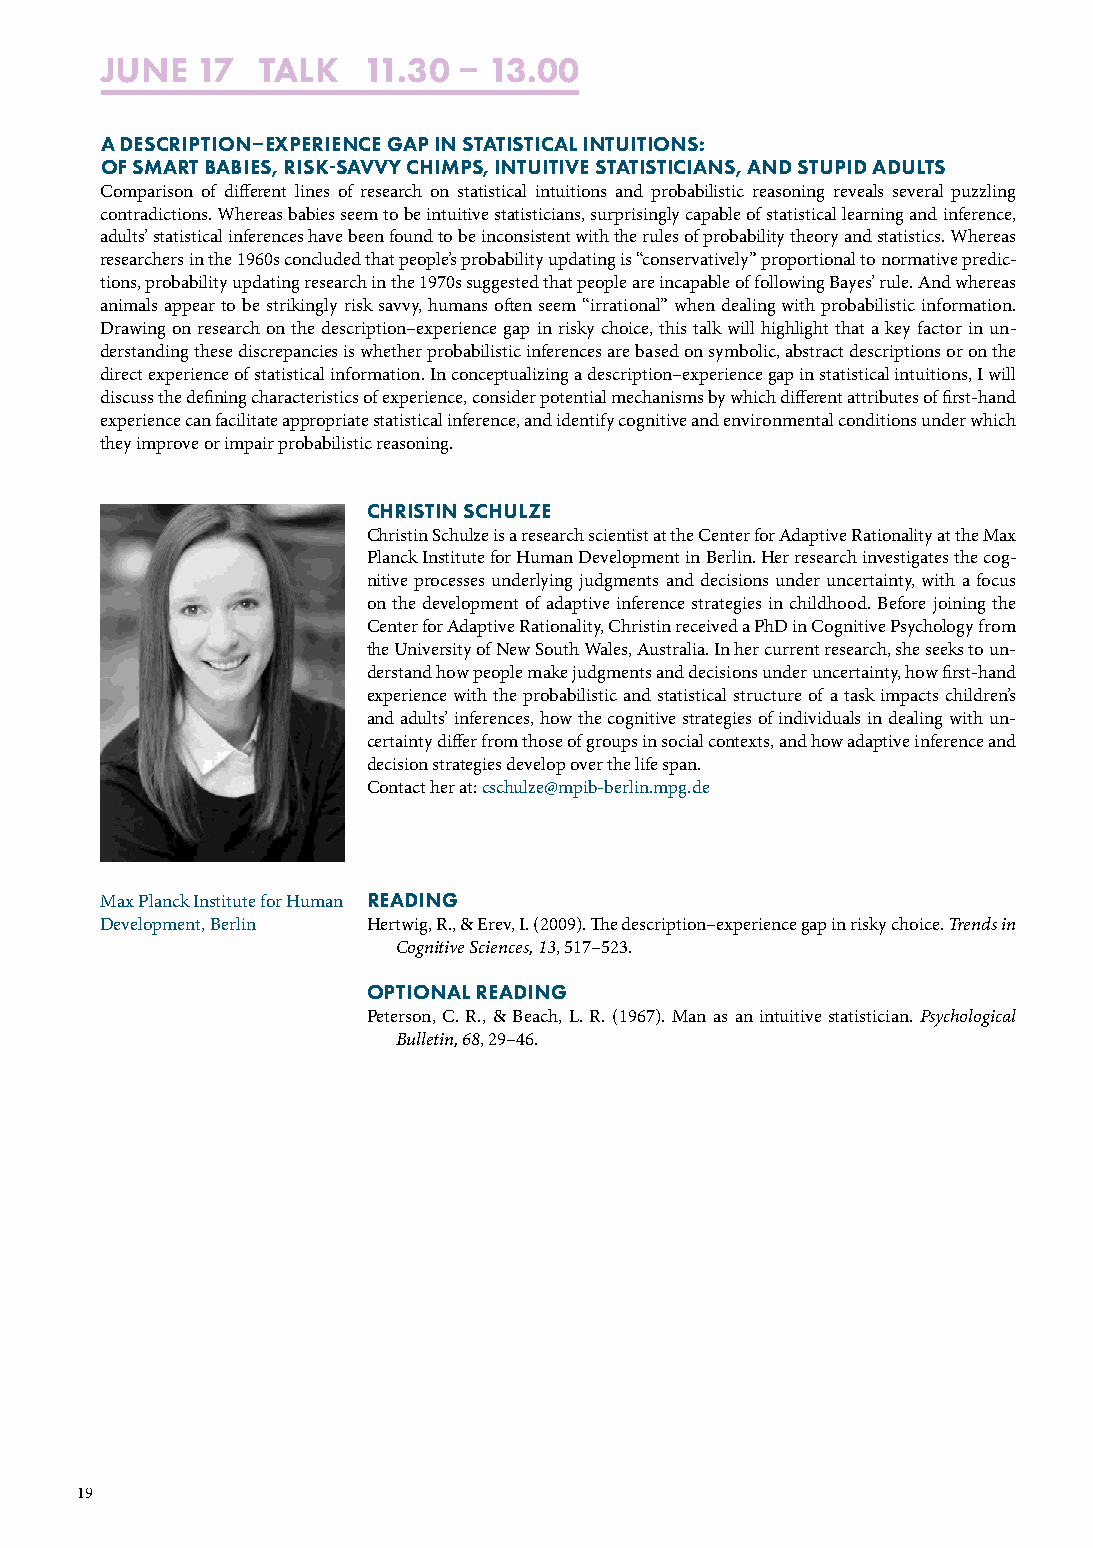
JUNE  17  TALK   11.30  13.00
 A DESCRIPTIONEXPERIENCE GAP IN STATISTICAL INTUITIONS:
 OF SMART BABIES, RISKSAVVY CHIMPS, INTUITIVE STATISTICIANS, AND STUPID ADULTS
 Comparison of different lines of research on statistical intuitions and probabilistic reasoning reveals several puzzling
 contradictions. Whereas babies seem to be intuitive statisticians, surprisingly capable of statistical learning and inference,
 adults’ statistical inferences have been found to be inconsistent with the rules of probability theory and statistics. Whereas
 researchers in the 1960s concluded that people’s probability updating is “conservatively” proportional to normative predic-
 tions, probability updating research in the 1970s suggested that people are incapable of following Bayes’ rule. And whereas
 animals appear to be strikingly risk savvy, humans often seem “irrational” when dealing with probabilistic information.
 Drawing on research on the description–experience gap in risky choice, this talk will highlight that a key factor in un-
 derstanding these discrepancies is whether probabilistic inferences are based on symbolic, abstract descriptions or on the
 direct experience of statistical information. In conceptualizing a description–experience gap in statistical intuitions, I will
 discuss the defining characteristics of experience, consider potential mechanisms by which different attributes of first-hand
 experience can facilitate appropriate statistical inference, and identify cognitive and environmental conditions under which
 they improve or impair probabilistic reasoning.
 CHRISTIN SCHULZE
 Christin Schulze is a research scientist at the Center for Adaptive Rationality at the Max
 Planck Institute for Human Development in Berlin. Her research investigates the cog-
 nitive processes underlying judgments and decisions under uncertainty, with a focus
 on the development of adaptive inference strategies in childhood. Before joining the
 Center for Adaptive Rationality, Christin received a PhD in Cognitive Psychology from
 the University of New South Wales, Australia. In her current research, she seeks to un-
 derstand how people make judgments and decisions under uncertainty, how first-hand
 experience with the probabilistic and statistical structure of a task impacts children’s
 and adults’ inferences, how the cognitive strategies of individuals in dealing with un-
 certainty differ from those of groups in social contexts, and how adaptive inference and
 decision strategies develop over the life span.
 Contact her at: cschulze@mpib-berlin.mpg.de
 Max Planck Institute for Human READING
 Development, Berlin Hertwig, R., & Erev, I. (2009). The description–experience gap in risky choice. Trends in
 Cognitive Sciences, 13, 517–523.
 OPTIONAL READING
 Peterson, C. R., & Beach, L. R. (1967). Man as an intuitive statistician. Psychological
 Bulletin, 68, 29–46.
 19